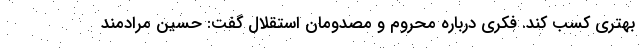
بهتری کسب کند. فکری درباره محروم و مصدومان استقلال گفت: حسین مرادمند